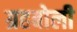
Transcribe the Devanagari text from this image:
ग्रहबोली